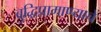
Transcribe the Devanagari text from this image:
बुद्धिप्रामाण्याचे